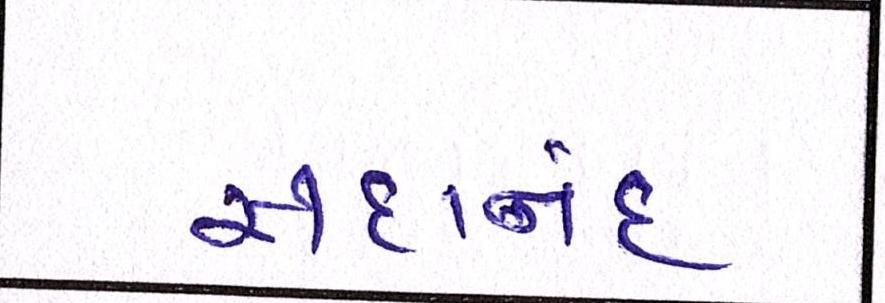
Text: સદાનંદ